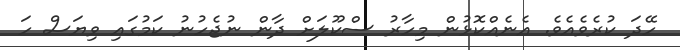
ހޭދަ ކުރެވެއެވެ. އެނެއްކޮޅުން މިހާރު ސްކޫލަށް ދާން ނުޖެހުނު ކަމުގައި ވިޔަސް ހަ